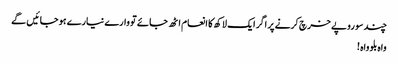
چند سو روپے خرچ کرنے پر اگر ایک لاکھ کا انعام اٹھ جائے تو وارے نیارے ہو جائیں گے
واہ بلو واہ !